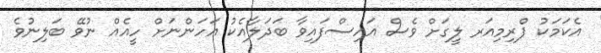
އެކަމަކު ޕްރިމިއަރ ލީގަށް ވެސް އައިސްފައިވާ ބަދަލާއެކު އަހަންނަށް ހީއެއް ނުވޭ ބަލިނުވެ